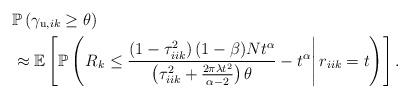
LaTeX: \begin{align*}&\mathbb{P}\left({\gamma}_{\mathrm{u},ik} \geq \theta \right)\\&\approx\mathbb{E}\left[ \mathbb{P} \left( \left. R_k \leq \frac{\left( 1 - \tau_{{iik}}^2\right)(1-\beta) N t^\alpha}{\left(\tau_{iik}^2 + \frac{2 \pi \lambda t^{2}}{\alpha-2}\right) \theta} - t^\alpha \right\vert r_{iik} = t \right) \right].\end{align*}